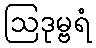
ဩဒုမ္ဗရံ